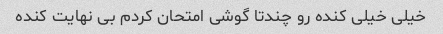
خیلی خیلی کنده رو چندتا گوشی امتحان کردم بی نهایت کنده